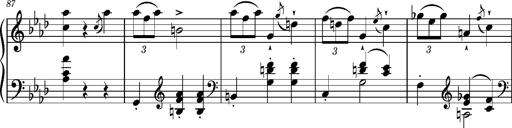
Title: Petite valse favorite
Composer: Franz Liszt
Key: A-flat major